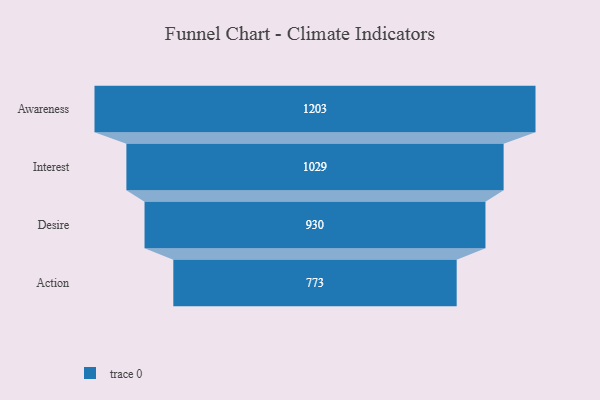
{"axis": {"x": "Stage", "y": "Value"}, "legend": [""], "data": [{"x": "Awareness", "y": 1203.0, "type": ""}, {"x": "Interest", "y": 1029.0, "type": ""}, {"x": "Desire", "y": 930.0, "type": ""}, {"x": "Action", "y": 773.0, "type": ""}]}